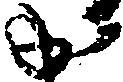
か